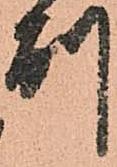
別